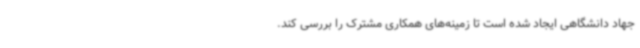
جهاد دانشگاهی ایجاد شده است تا زمینه‌های همکاری مشترک را بررسی کند.